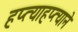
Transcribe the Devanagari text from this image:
हप्त्याहप्त्याने